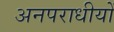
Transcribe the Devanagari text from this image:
अनपराधीयों